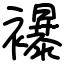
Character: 襮